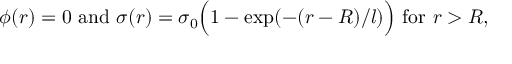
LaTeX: \phi ( r ) = 0 { \mathrm { ~ a n d ~ } } \sigma ( r ) = \sigma _ { 0 } { \Big ( } 1 - \exp ( - ( r - R ) / l ) { \Big ) } { \mathrm { ~ f o r ~ } } r > R ,